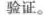
验证。